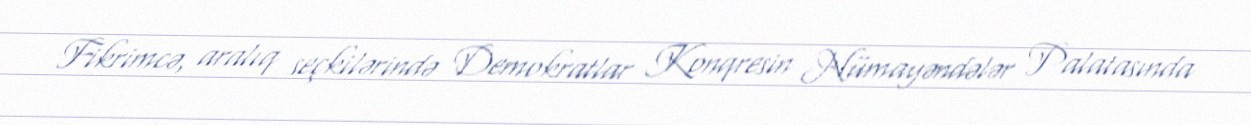
Fikrimcə, aralıq seçkilərində Demokratlar Konqresin Nümayəndələr Palatasında